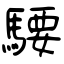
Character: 騕